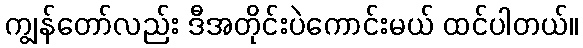
ကျွန်တော်လည်း ဒီအတိုင်းပဲကောင်းမယ် ထင်ပါတယ်။